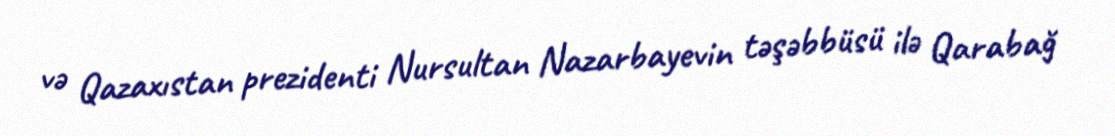
və Qazaxıstan prezidenti Nursultan Nazarbayevin təşəbbüsü ilə Qarabağ